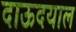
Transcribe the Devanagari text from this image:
दाऊदयाल